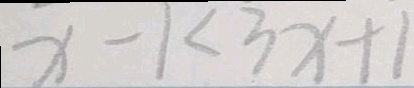
x - 1 < 3 x + 1